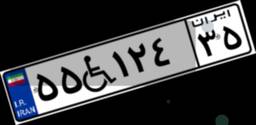
۵۵W۱۲۴۳۵